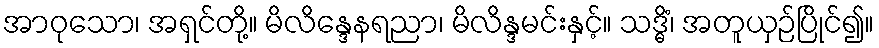
အာဝုသော၊ အရှင်တို့။ မိလိန္ဒေနရညာ၊ မိလိန္ဒမင်းနှင့်။ သဒ္ဓိံ၊ အတူယှဉ်ပြိုင်၍။